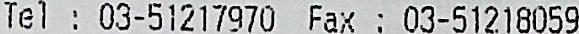
TEL: 03-51217970 FAX: 03-51218059